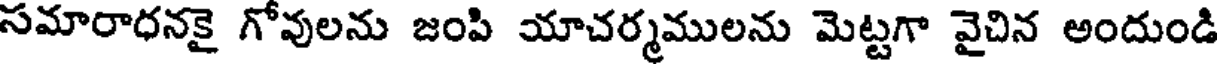
సమారాధనకై గోవులను జంపి యాచర్మములను మెట్టగా వైచిన అందుండి